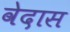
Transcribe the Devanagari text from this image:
वेदास